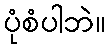
ပုံစံပါဘဲ။